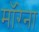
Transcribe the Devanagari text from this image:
माॅरेना